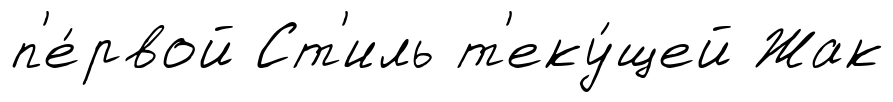
п'е́рвой Ст'иль т'еку́щей Жак